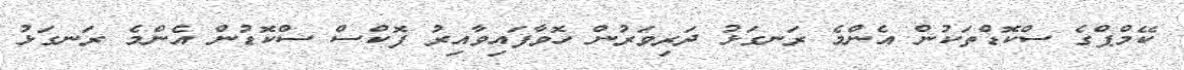
ކޭމްޕްގެ ސްކޮޑްތަކުން އެންމެ ރަނގަޅު ދަރިވަރުން ހޮވާފައިވާއިރު ފޮކްސް ސްކޮޑުން އެންމެ ރަނގަޅު